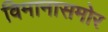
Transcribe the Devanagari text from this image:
विमानासमोर